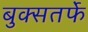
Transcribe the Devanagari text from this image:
बुक्सतर्फे